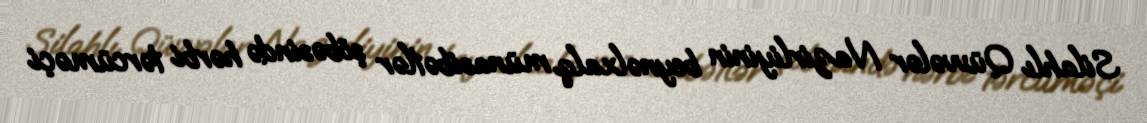
Silahlı Qüvvələr Nazirliyinin beynəlxalq münasibətlər şöbəsində hərbi tərcüməçi